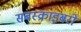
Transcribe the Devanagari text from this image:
सबस्क्राइबरों